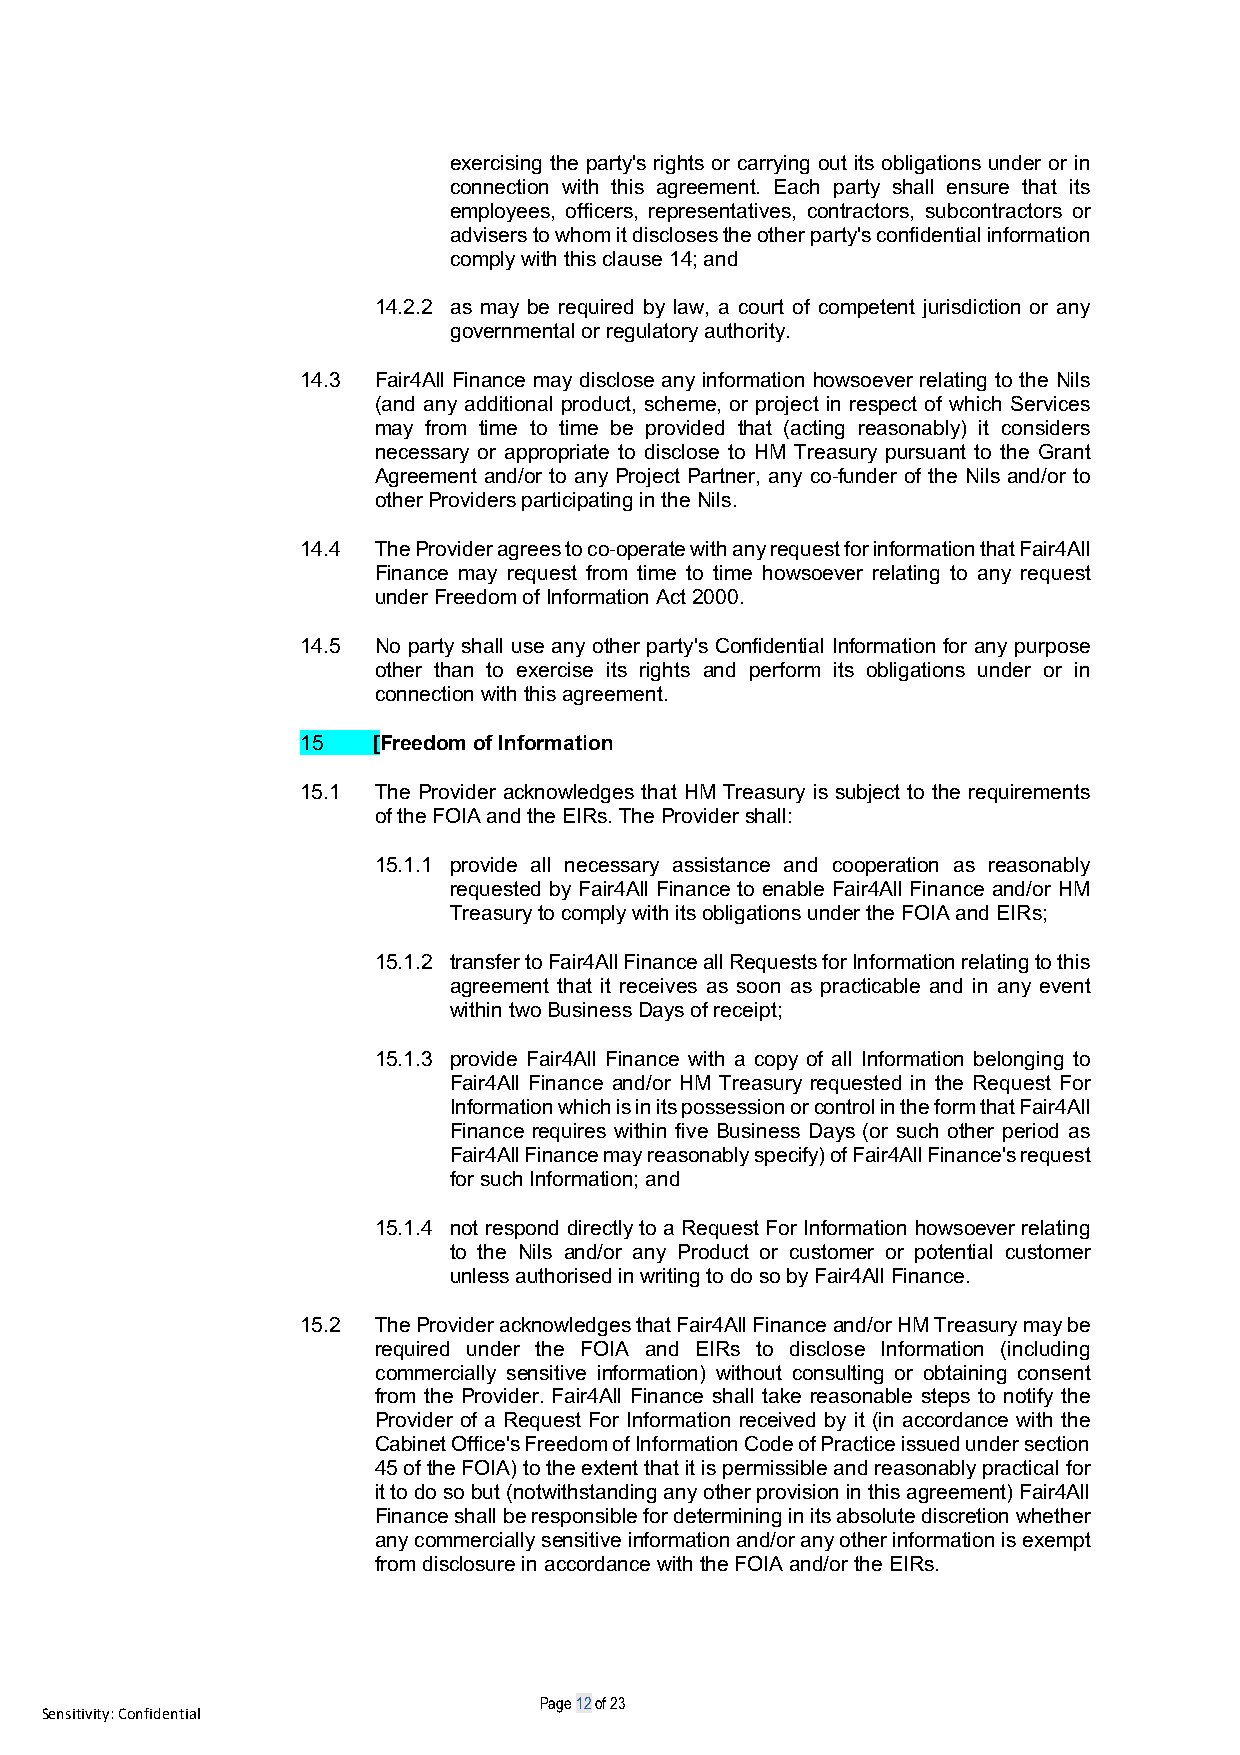
exercising the party's rights or carrying out its obligations under or in
 connection with this agreement. Each party shall ensure that its
 employees, officers, representatives, contractors, subcontractors or
 advisers to whom it discloses the other party's confidential information
 comply with this clause 14; and
 14.2.2 as may be required by law, a court of competent jurisdiction or any
 governmental or regulatory authority.
 14.3 Fair4All Finance may disclose any information howsoever relating to the Nils
 (and any additional product, scheme, or project in respect of which Services
 may from time to time be provided that (acting reasonably) it considers
 necessary or appropriate to disclose to HM Treasury pursuant to the Grant
 Agreement and/or to any Project Partner, any co-funder of the Nils and/or to
 other Providers participating in the Nils.
 14.4 The Provider agrees to co-operate with any request for information that Fair4All
 Finance may request from time to time howsoever relating to any request
 under Freedom of Information Act 2000.
 14.5 No party shall use any other party's Confidential Information for any purpose
 other than to exercise its rights and perform its obligations under or in
 connection with this agreement.
 15   [Freedom of Information
 15.1 The Provider acknowledges that HM Treasury is subject to the requirements
 of the FOIA and the EIRs. The Provider shall:
 15.1.1 provide all necessary assistance and cooperation as reasonably
 requested by Fair4All Finance to enable Fair4All Finance and/or HM
 Treasury to comply with its obligations under the FOIA and EIRs;
 15.1.2 transfer to Fair4All Finance all Requests for Information relating to this
 agreement that it receives as soon as practicable and in any event
 within two Business Days of receipt;
 15.1.3 provide Fair4All Finance with a copy of all Information belonging to
 Fair4All Finance and/or HM Treasury requested in the Request For
 Information which is in its possession or control in the form that Fair4All
 Finance requires within five Business Days (or such other period as
 Fair4All Finance may reasonably specify) of Fair4All Finance's request
 for such Information; and
 15.1.4 not respond directly to a Request For Information howsoever relating
 to the Nils and/or any Product or customer or potential customer
 unless authorised in writing to do so by Fair4All Finance.
 15.2 The Provider acknowledges that Fair4All Finance and/or HM Treasury may be
 required under the FOIA and EIRs to disclose Information (including
 commercially sensitive information) without consulting or obtaining consent
 from the Provider. Fair4All Finance shall take reasonable steps to notify the
 Provider of a Request For Information received by it (in accordance with the
 Cabinet Office's Freedom of Information Code of Practice issued under section
 45 of the FOIA) to the extent that it is permissible and reasonably practical for
 it to do so but (notwithstanding any other provision in this agreement) Fair4All
 Finance shall be responsible for determining in its absolute discretion whether
 any commercially sensitive information and/or any other information is exempt
 from disclosure in accordance with the FOIA and/or the EIRs.
 Page 12 of 23
 Sensitivity: Confidential